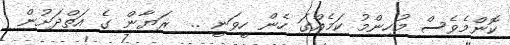
ކޮންމެވެސް މުހިންމު ކަމެއްގަ ހެން ހީވަނީ ..  ރަޔާން ގެ އަތްދަށުން